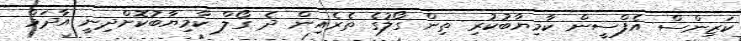
ކަޒިންސް އެފްސީން ކާމިޔާބުކުރި ތިން ގޯލުގެ ތެރެއިން ދެ ގޯލް ކާމިޔާބުކޮށްދިނީ އާދަމް